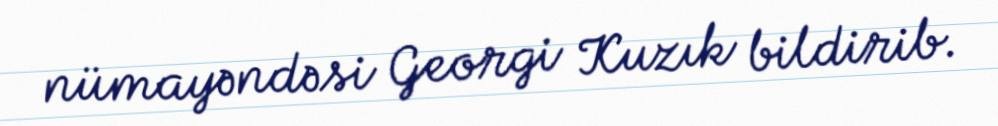
nümayəndəsi Georgi Kuzık bildirib.